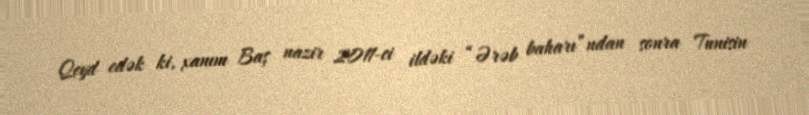
Qeyd edək ki, xanım Baş nazir 2011-ci ildəki “Ərəb baharı”ndan sonra Tunisin